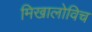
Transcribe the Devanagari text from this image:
मिखालोविच